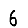
Digit: 6